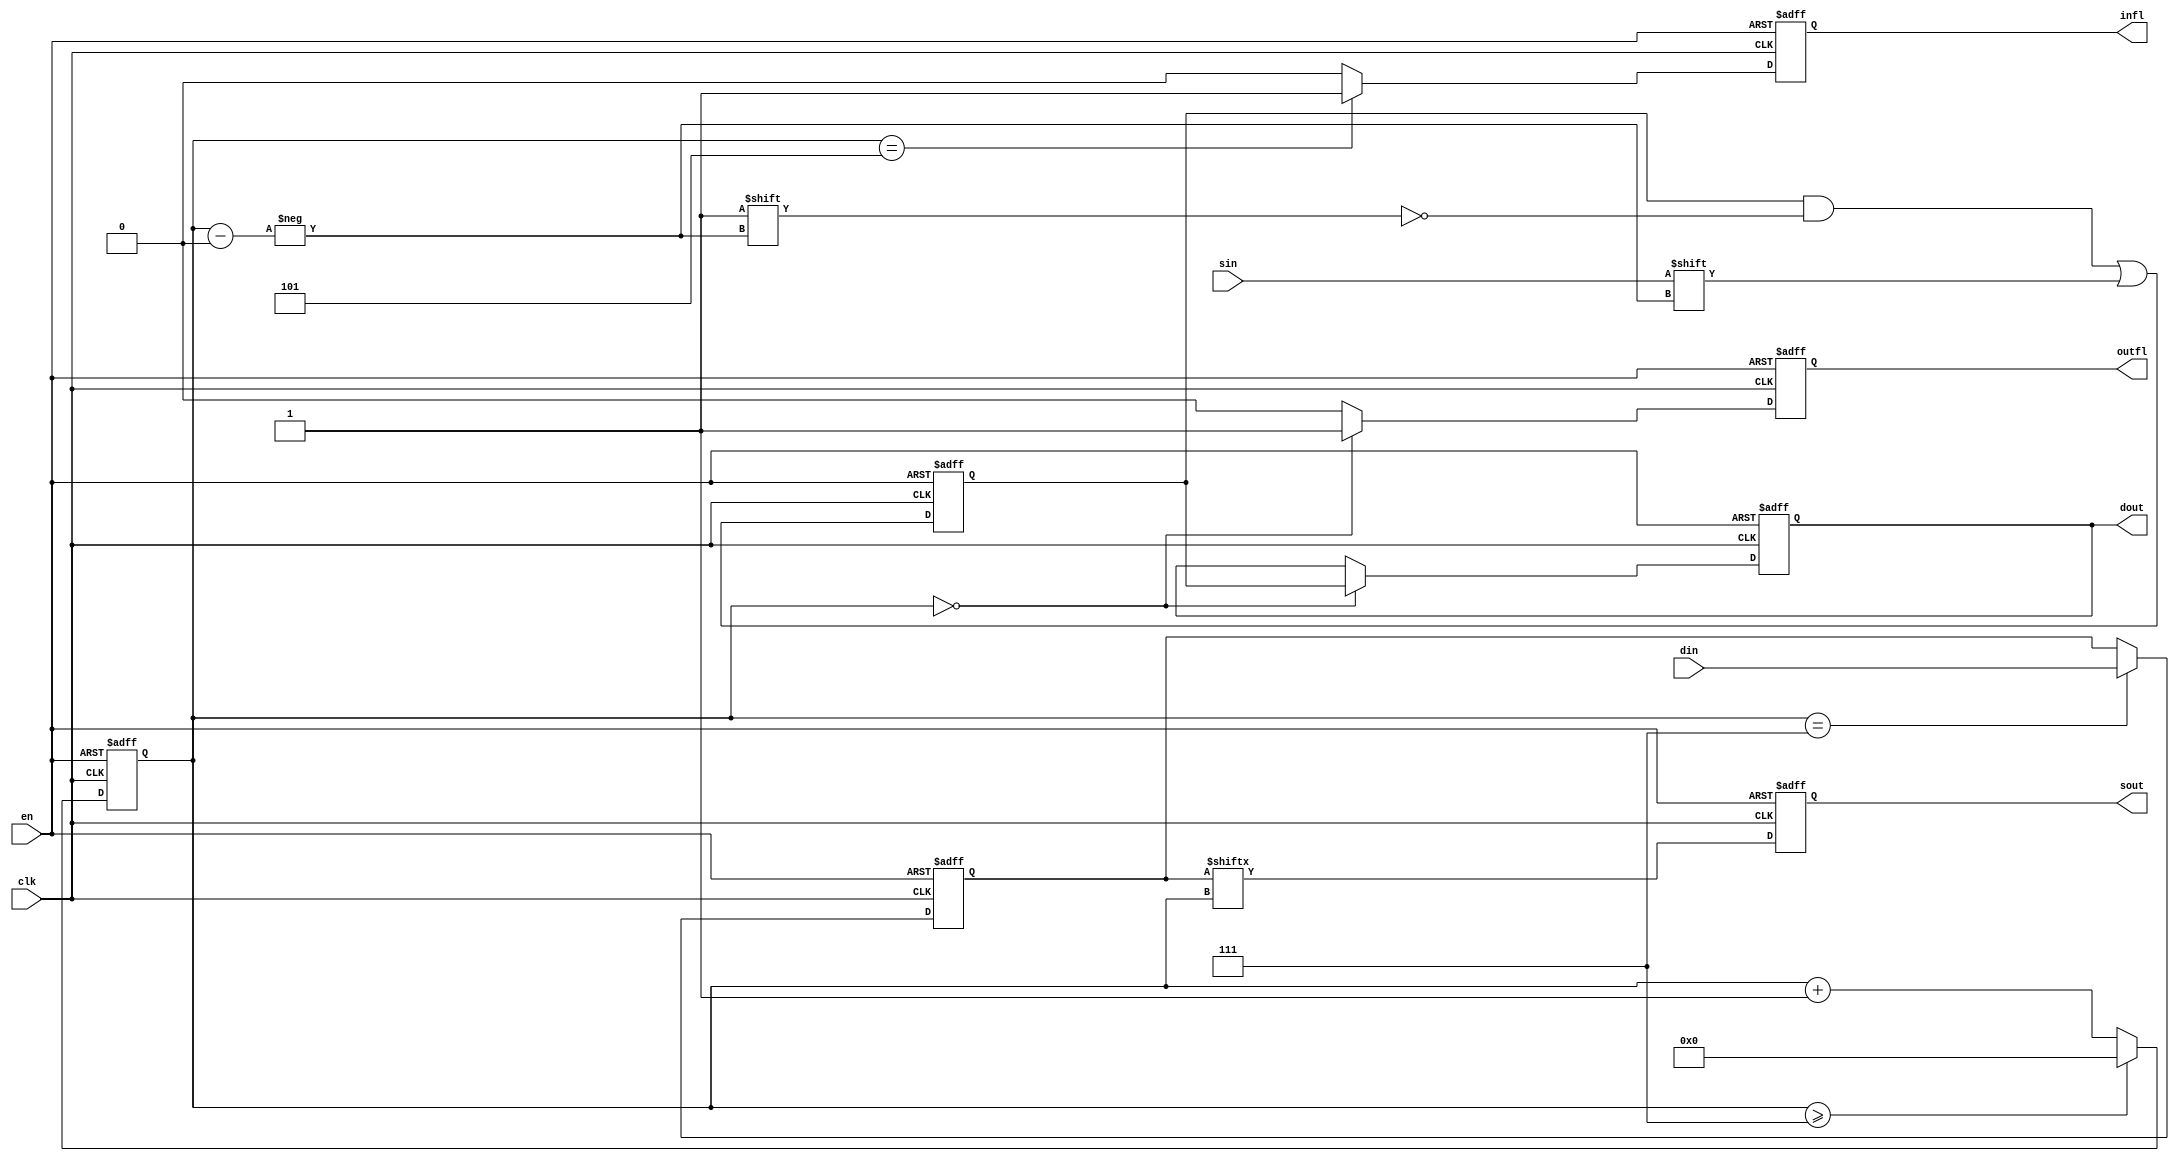
`timescale 1ns / 1ps
//////////////////////////////////////////////////////////////////////////////////
// Company: 
// Engineer: 
// 
// Design Name: 
// Module Name:    SAU 
// Project Name: 
// Target Devices: 
// Tool versions: 
// Description: 
//
// Dependencies: 
//
// Revision: 
// Revision 0.01 - File Created
// Additional Comments: 
//
//////////////////////////////////////////////////////////////////////////////////
module SAU(
	input 								clk,
	input									en,
	input 			[7:0]				din,
	input									sin,
	output	reg	[7:0]				dout,
	output	reg						sout,
	output	reg						infl,
	output	reg						outfl
    );
	 
reg 	[3:0] 	cnt;
reg	[7:0]    doc;
reg	[7:0] 	dic;

//
always @(negedge clk,negedge en) begin
	if(en == 1'b0) begin
		doc <= 8'hff;
	end
	else begin
		doc[cnt] <= sin;
	end
end

always @(posedge clk,negedge en) begin
	if(en == 1'b0) begin
		dic <= 8'hff;
	end
	else if(cnt == 4'd7) begin
		dic <= din;
		//$display("dic=%h",din);
	end
end

//
always @(posedge clk,negedge en) begin
	if(en == 1'b0) begin
		sout <= 1'b1;
	end
	else begin
		sout <= dic[cnt];
		//$display("sout=%h",dic[cnt]);
	end
end

//
always @(negedge clk,negedge en) begin
	if(en == 1'b0) begin
		cnt <= 4'd0;
	end
	else begin
		if(cnt >= 4'd7) begin
			cnt <= 4'd0;
		end
		else begin
			cnt <= cnt + 1;
		end
	end
end

//
always @(negedge clk,negedge en) begin
	if (en == 1'b0) begin
		infl <= 1'b0;
		outfl <= 1'b0;
		dout <= 8'h00;
	end
	else begin
		if(cnt == 4'd0) begin
			outfl <= 1'b1;
			dout <= doc;
		end
		else begin
			outfl <= 1'b0;
		end
		
		if(cnt == 4'd5) begin
			infl <= 1'b1;
		end
		else begin
			infl <= 1'b0;
		end
		
	end
end

endmodule